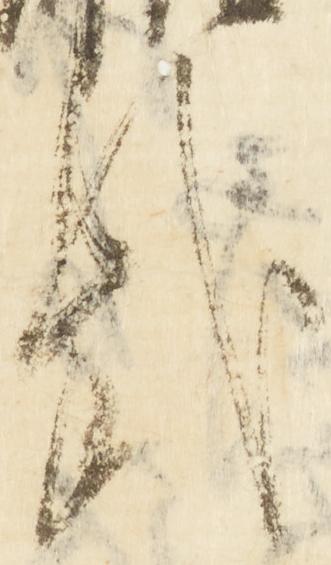
哉